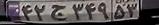
۴۲ج۳۴۹۵۳